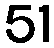
51